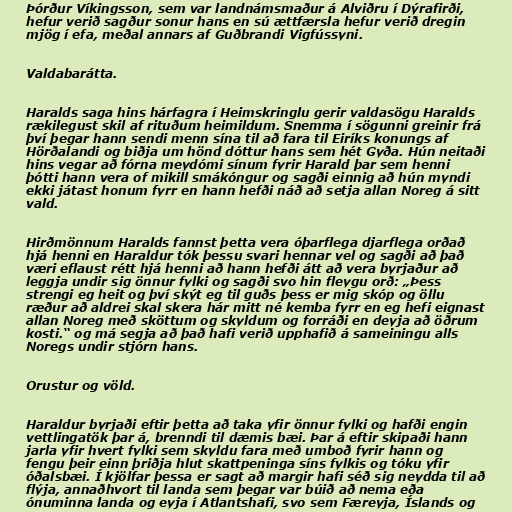
Þórður Víkingsson, sem var landnámsmaður á Alviðru í Dýrafirði,
hefur verið sagður sonur hans en sú ættfærsla hefur verið dregin
mjög í efa, meðal annars af Guðbrandi Vigfússyni.

Valdabarátta.

Haralds saga hins hárfagra í Heimskringlu gerir valdasögu Haralds
rækilegust skil af rituðum heimildum. Snemma í sögunni greinir frá
því þegar hann sendi menn sína til að fara til Eiríks konungs af
Hörðalandi og biðja um hönd dóttur hans sem hét Gyða. Hún neitaði
hins vegar að fórna meydómi sínum fyrir Harald þar sem henni
þótti hann vera of mikill smákóngur og sagði einnig að hún myndi
ekki játast honum fyrr en hann hefði náð að setja allan Noreg á sitt
vald.

Hirðmönnum Haralds fannst þetta vera óþarflega djarflega orðað
hjá henni en Haraldur tók þessu svari hennar vel og sagði að það
væri eflaust rétt hjá henni að hann hefði átt að vera byrjaður að
leggja undir sig önnur fylki og sagði svo hin fleygu orð: „Þess
strengi eg heit og því skýt eg til guðs þess er mig skóp og öllu
ræður að aldrei skal skera hár mitt né kemba fyrr en eg hefi eignast
allan Noreg með sköttum og skyldum og forráði en deyja að öðrum
kosti.“ og má segja að það hafi verið upphafið á sameiningu alls
Noregs undir stjórn hans.

Orustur og völd.

Haraldur byrjaði eftir þetta að taka yfir önnur fylki og hafði engin
vettlingatök þar á, brenndi til dæmis bæi. Þar á eftir skipaði hann
jarla yfir hvert fylki sem skyldu fara með umboð fyrir hann og
fengu þeir einn þriðja hlut skattpeninga síns fylkis og tóku yfir
óðalsbæi. Í kjölfar þessa er sagt að margir hafi séð sig neydda til að
flýja, annaðhvort til landa sem þegar var búið að nema eða
ónuminna landa og eyja í Atlantshafi, svo sem Færeyja, Íslands og